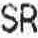
SR